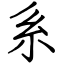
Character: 系